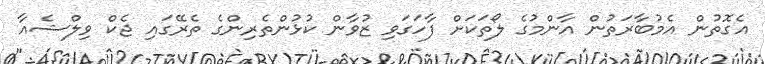
އެގޮތުން އެމުބާރަތުން އާންމުގެ ލޯތަކަށް ފާހަގަވި ޒުވާން ކުޅުންތެރިންގެ ތެރޭގައި ޖެކް ވިލްޝެއާ